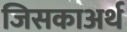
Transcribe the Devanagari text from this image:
जिसकाअर्थ